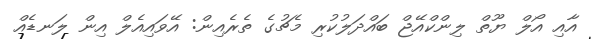
އާއި އޯލް ޔޫތް ލިންކްއޭޖް ބައްދަލުކުރި މެޗުގެ ތެރެއިން: އޭވައިއެލް އިން ލަނޑެއް